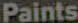
Paints